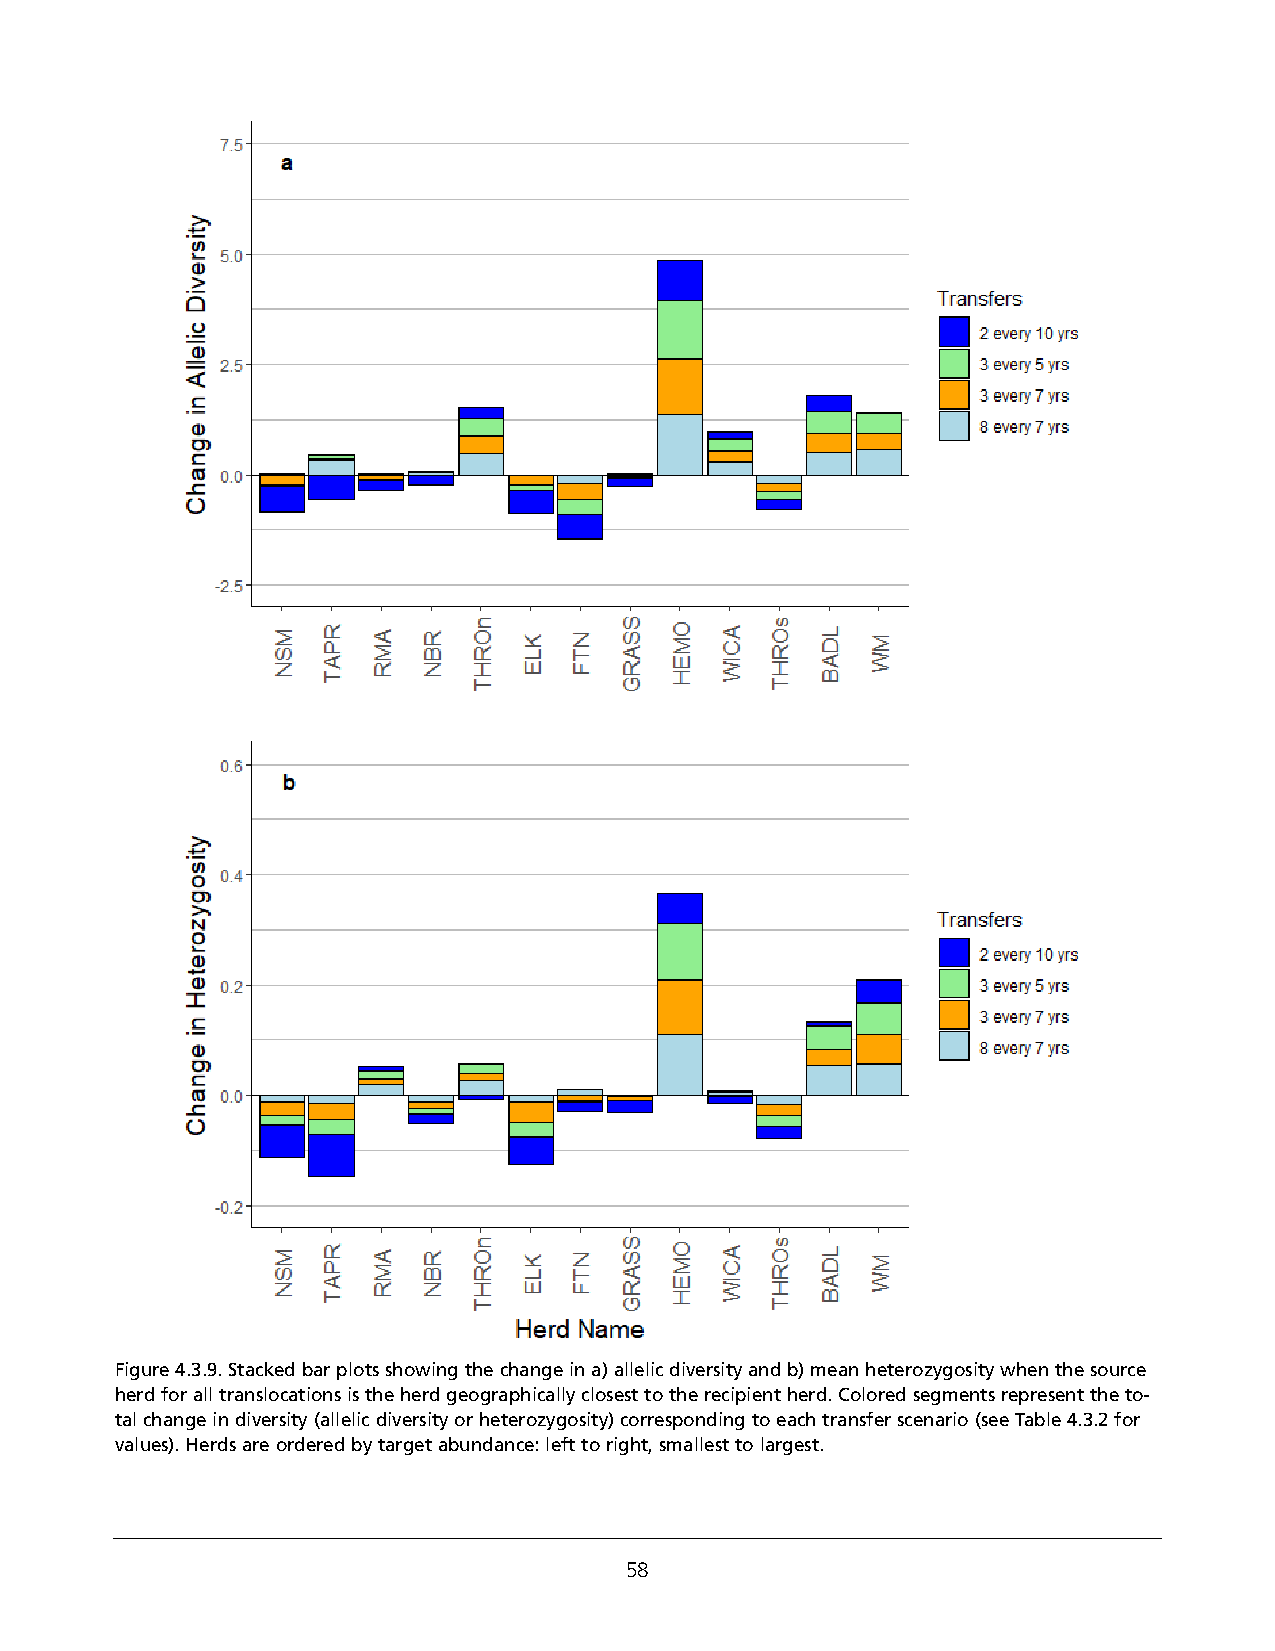
Figure 4.3.9. Stacked bar plots showing the change in a) allelic diversity and b) mean heterozygosity when the source
 herd for all translocations is the herd geographically closest to the recipient herd. Colored segments represent the to-
 tal change in diversity (allelic diversity or heterozygosity) corresponding to each transfer scenario (see Table 4.3.2 for
 values). Herds are ordered by target abundance: left to right, smallest to largest.
 58